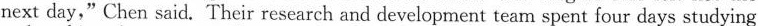
next day,"Chen said. Their research and development team spent four days studying